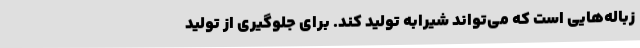
زباله‌هایی است که می‌تواند شیرابه تولید کند. برای جلوگیری از تولید